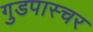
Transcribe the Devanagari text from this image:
गुडपास्चर